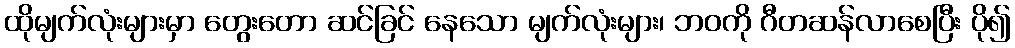
ထိုမျက်လုံးများမှာ တွေးတော ဆင်ခြင် နေသော မျက်လုံးများ၊ ဘဝကို ဂီတဆန်လာစေပြီး ပို၍